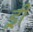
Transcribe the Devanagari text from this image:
ड्री